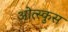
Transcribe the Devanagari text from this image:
ओत्स्कुस